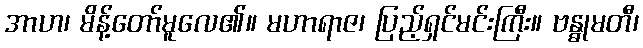
အာဟ၊ မိန့်တော်မူလေ၏။ မဟာရာဇ၊ ပြည့်ရှင်မင်းကြီး။ ဗန္ဓုမတီ၊